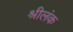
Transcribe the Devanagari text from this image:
श्रीलंक